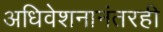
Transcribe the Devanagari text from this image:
अधिवेशनानंतरही